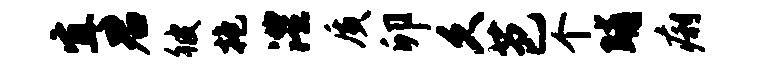
宜君彼抱澧质卯久芭个晡痢